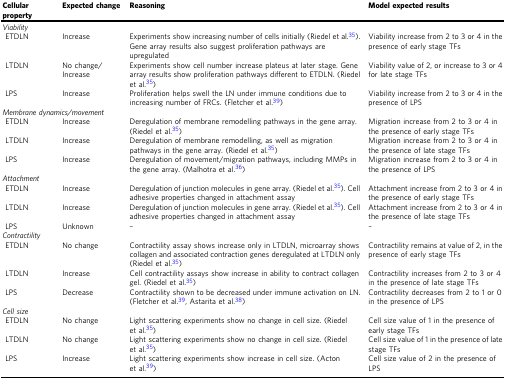
<table><thead><tr><td><b>Cellular property</b></td><td><b>Expected change</b></td><td><b>Reasoning</b></td><td><b>Model expected results</b></td></tr></thead><tbody><tr><td colspan="4"><i>Viability</i></td></tr><tr><td> ETDLN</td><td>Increase</td><td>Experiments show increasing number of cells initially (Riedel et al.<sup>35</sup>). Gene array results also suggest proliferation pathways are upregulated</td><td>Viability increase from 2 to 3 or 4 in the presence of early stage TFs</td></tr><tr><td> LTDLN</td><td>No change/Increase</td><td>Experiments show cell number increase plateus at later stage. Gene array results show proliferation pathways different to ETDLN. (Riedel et al.<sup>35</sup>)</td><td>Viability value of 2, or increase to 3 or 4 for late stage TFs</td></tr><tr><td> LPS</td><td>Increase</td><td>Proliferation helps swell the LN under immune conditions due to increasing number of FRCs. (Fletcher et al.<sup>39</sup>)</td><td>Viability increase from 2 to 3 or 4 in the presence of LPS</td></tr><tr><td colspan="4"><i>Membrane dynamics/movement</i></td></tr><tr><td> ETDLN</td><td>Increase</td><td>Deregulation of membrane remodelling pathways in the gene array. (Riedel et al.<sup>35</sup>)</td><td>Migration increase from 2 to 3 or 4 in the presence of early stage TFs</td></tr><tr><td> LTDLN</td><td>Increase</td><td>Deregulation of membrane remodelling, as well as migration pathways in the gene array. (Riedel et al.<sup>35</sup>)</td><td>Migration increase from 2 to 3 or 4 in the presence of late stage TFs</td></tr><tr><td> LPS</td><td>Increase</td><td>Deregulation of movement/migration pathways, including MMPs in the gene array. (Malhotra et al.<sup>36</sup>)</td><td>Migration increase from 2 to 3 or 4 in the presence of LPS</td></tr><tr><td colspan="4"><i>Attachment</i></td></tr><tr><td> ETDLN</td><td>Increase</td><td>Deregulation of junction molecules in gene array. (Riedel et al.<sup>35</sup>). Cell adhesive properties changed in attachment assay</td><td>Attachment increase from 2 to 3 or 4 in the presence of early stage TFs</td></tr><tr><td> LTDLN</td><td>Increase</td><td>Deregulation of junction molecules in gene array. (Riedel et al.<sup>35</sup>). Cell adhesive properties changed in attachment assay</td><td>Attachment increase from 2 to 3 or 4 in the presence of late stage TFs</td></tr><tr><td> LPS</td><td>Unknown</td><td>–</td><td>–</td></tr><tr><td colspan="4"><i>Contractility</i></td></tr><tr><td> ETDLN</td><td>No change</td><td>Contractility assay shows increase only in LTDLN, microarray shows collagen and associated contraction genes deregulated at LTDLN only (Riedel et al.<sup>35</sup>)</td><td>Contractility remains at value of 2, in the presence of early stage TFs</td></tr><tr><td> LTDLN</td><td>Increase</td><td>Cell contractility assays show increase in ability to contract collagen gel. (Riedel et al.<sup>35</sup>)</td><td>Contractility increases from 2 to 3 or 4 in the presence of late stage TFs</td></tr><tr><td> LPS</td><td>Decrease</td><td>Contractility shown to be decreased under immune activation on LN. (Fletcher et al.<sup>39</sup>, Astarita et al.<sup>38</sup>)</td><td>Contractility decreases from 2 to 1 or 0 in the presence of LPS</td></tr><tr><td colspan="4"><i>Cell size</i></td></tr><tr><td> ETDLN</td><td>No change</td><td>Light scattering experiments show no change in cell size. (Riedel et al.<sup>35</sup>)</td><td>Cell size value of 1 in the presence of early stage TFs</td></tr><tr><td> LTDLN</td><td>No change</td><td>Light scattering experiments show no change in cell size. (Riedel et al.<sup>35</sup>)</td><td>Cell size value of 1 in the presence of late stage TFs</td></tr><tr><td> LPS</td><td>Increase</td><td>Light scattering experiments show increase in cell size. (Acton et al.<sup>39</sup>)</td><td>Cell size value of 2 in the presence of LPS</td></tr></tbody></table>